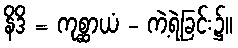
နိဒိ = ကုစ္ဆာယံ - ကဲ့ရဲ့ခြင်း၌။